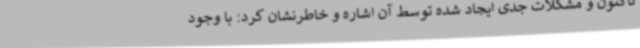
تاکنون و مشکلات جدی ایجاد شده توسط آن اشاره و خاطرنشان کرد: با وجود